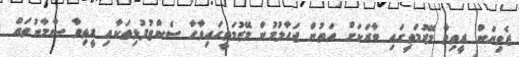
ޒެވިޔަން ރީތިވާ މޭޒުމަތީގައި ބާރަކަށް އަތުން ޖަހާލުމުން މޭޒުމަތީގައިވާހާ ސެންޓުފުޅިތަކާއި ރީތިވާ ސާމާނުތައް